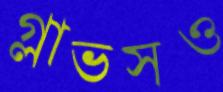
গ্লাভসও